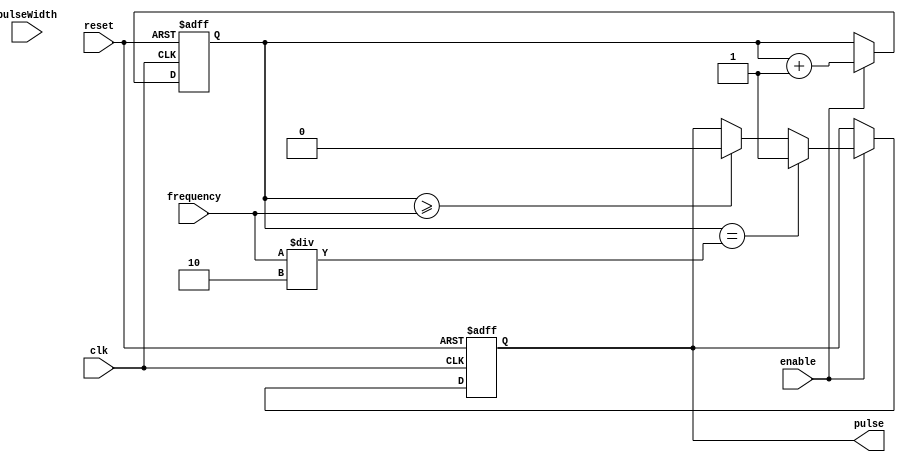
module SimplePulseGenerator (
    input wire clk,
    input wire reset,
    input wire enable,
    input wire [7:0] pulseWidth, 
    input wire [15:0] frequency,
    output reg pulse // output pulse signal
);
   
reg [15:0] counter;
reg pulseReg;

always @(posedge clk or posedge reset) begin
    if (reset) begin
        counter <= 16'b0;
        pulseReg <= 1'b0;
    end else begin
        if (enable) begin
            if (counter == frequency / 2) begin
                pulseReg <= 1'b1;
            end else if (counter >= frequency) begin
                pulseReg <= 1'b0;
                counter <= 16'b0;
            end
            counter <= counter + 1;
        end
    end
end

assign pulse = pulseReg;

endmodule